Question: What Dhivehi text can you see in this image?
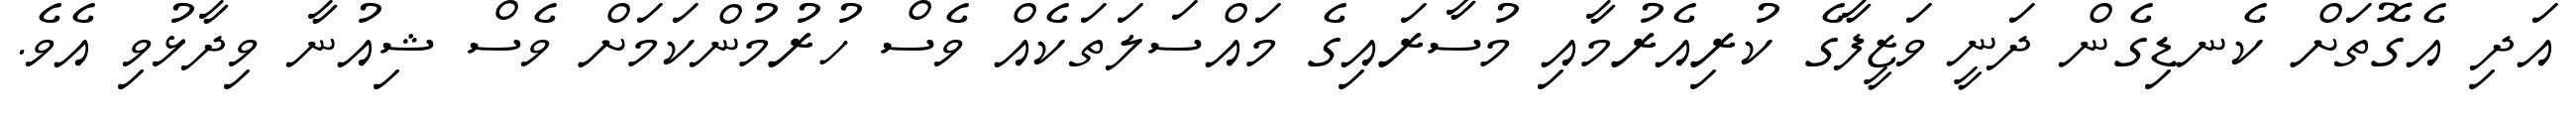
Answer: އަދި އެގޮތަށް ކެނޑިގެން ދަނީ ވަޒީފާގެ ކުރިއެރުމާއި މުސާރައިގެ މައްސަލަތަކެއް ވެސް ހުރުމުންކަމަށް ވެސް ޝިއުނާ ވިދާޅުވި އެވެ.